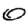
Digit: 0